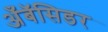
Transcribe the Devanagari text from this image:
अँबॅसिडर